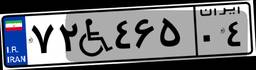
۷۰W۱۸۱۴۳